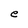
Character: e